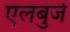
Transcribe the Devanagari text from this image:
एलबुर्ज